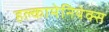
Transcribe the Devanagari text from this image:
हल्कामेनियेक्स